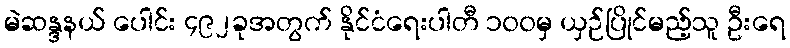
မဲဆန္ဒနယ် ပေါင်း ၄၉၂ခုအတွက် နိုင်ငံရေးပါတီ ၁၀၀မှ ယှဉ်ပြိုင်မည့်သူ ဦးရေ